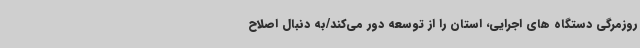
روزمرگی دستگاه های اجرایی، استان را از توسعه دور می‌کند/به دنبال اصلاح